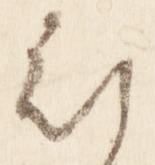
被